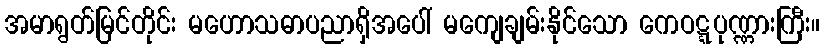
အမာရွတ်မြင်တိုင်း မဟောသဓာပညာရှိအပေါ် မကျေချမ်းနိုင်သော ကေဝဋ္ဋပုဏ္ဏားကြီး။